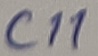
Text: C11